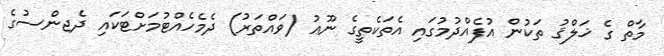
މާތް ގެ ޚަލްޤު ތަކުން އުފެއްދުމުގައި އެތަކެތީގެ ނޫޢު (ވައްތަރު) ދެމެހެއްޓުމަށްޓަކައި ދެޖންސުގެ